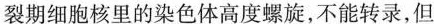
裂期均有RNA的合成，分裂期细胞核里的染色体高度螺旋，不能转录，但